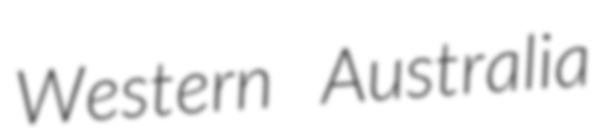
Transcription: Western Australia